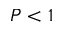
P < 1